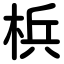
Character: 梹